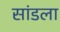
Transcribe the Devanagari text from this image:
सांडला